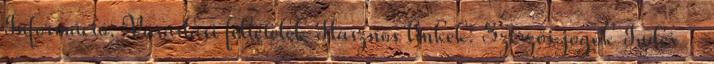
Információ: Vásárlási feltételek Hasznos linkek: Szerzői jogok Index -